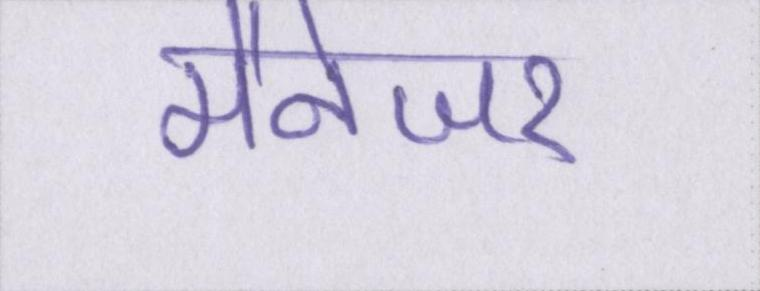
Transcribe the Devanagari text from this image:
मैनेजर